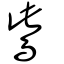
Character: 鴜